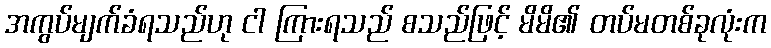
အကွပ်မျက်ခံရသည်ဟု ငါ ကြားရသည် စသည်ဖြင့် မိမိ၏ တပ်မတစ်ခုလုံးက